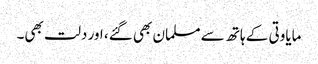
مایاوتی کے ہاتھ سے مسلمان بھی گئے، اور دلت بھی۔